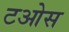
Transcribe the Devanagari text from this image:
टओस